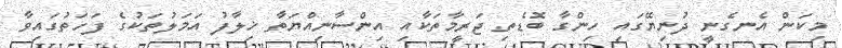
މިކަން އެނގެނީ ދުނިޔޭގައި ހިންގާ ބޮޑެތި ޖަރީމާތަކާއި އިންސާނިއްޔަތާ ޚިލާފު އަމަލުތަކުގެ ފަހަތުގައިވާ